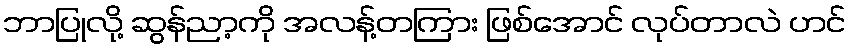
ဘာပြုလို့ ဆွန်ညာ့ကို အလန့်တကြား ဖြစ်အောင် လုပ်တာလဲ ဟင်